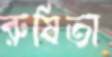
রুষিতা